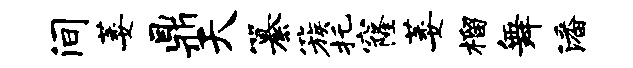
间萎鼎天纂簇托窿萎榴舞潘